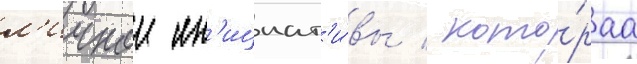
л'ичнои ин'ициат'и́вы / кото́раа